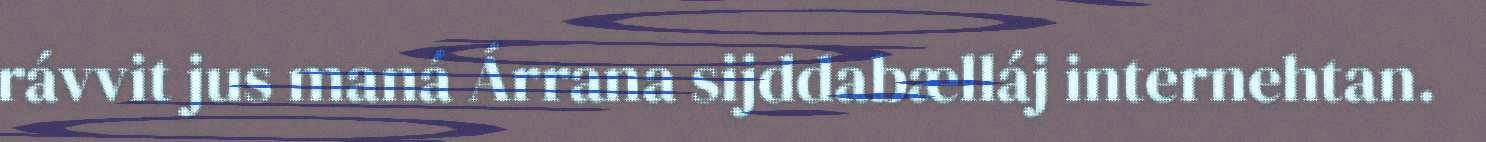
rávvit jus maná Árrana sijddabælláj internehtan.